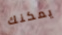
يمكنك